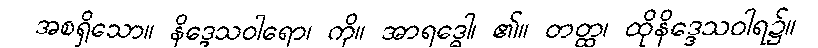
အစရှိသော။ နိဒ္ဒေသဝါရော၊ ကို။ အာရဒ္ဓေါ၊ ၏။ တတ္ထ၊ ထိုနိဒ္ဒေသဝါရ၌။